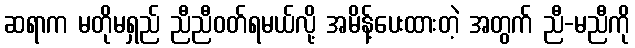
ဆရာက မတိုမရှည် ညီညီဝတ်ရမယ်လို့ အမိန့်ပေးထားတဲ့ အတွက် ညီ-မညီကို